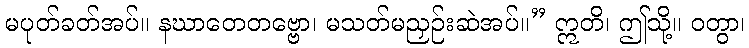
မပုတ်ခတ်အပ်။ နဃာတေတဗ္ဗော၊ မသတ်မညှဉ်းဆဲအပ်။” ဣတိ၊ ဤသို့။ ဝတွာ၊